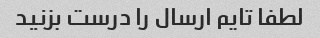
لطفا تایم ارسال را درست بزنید